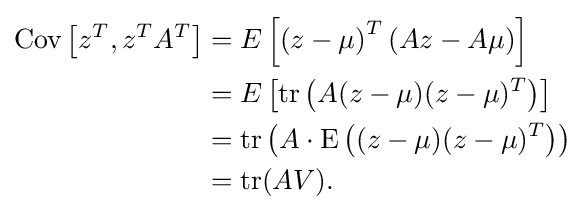
{\begin{aligned}\operatorname {Cov} \left[{z^{T},z^{T}A^{T}}\right]&=E\left[{\left({z-\mu }\right)^{T}(Az-A\mu )}\right]\\&=E\left[\operatorname {tr} \left(A(z-\mu )(z-\mu )^{T}\right)\right]\\&=\operatorname {tr} \left({A\cdot \operatorname {E} \left((z-\mu )(z-\mu )^{T}\right)}\right)\\&=\operatorname {tr} (AV).\end{aligned}}